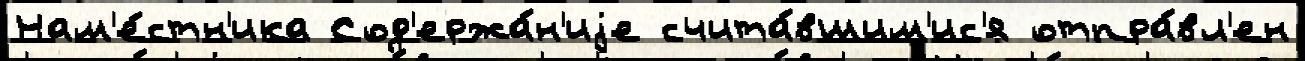
Нам'е́стн'ика Сод'ержа́н'иjе счита́вшим'ис'я отпра́вл'ен